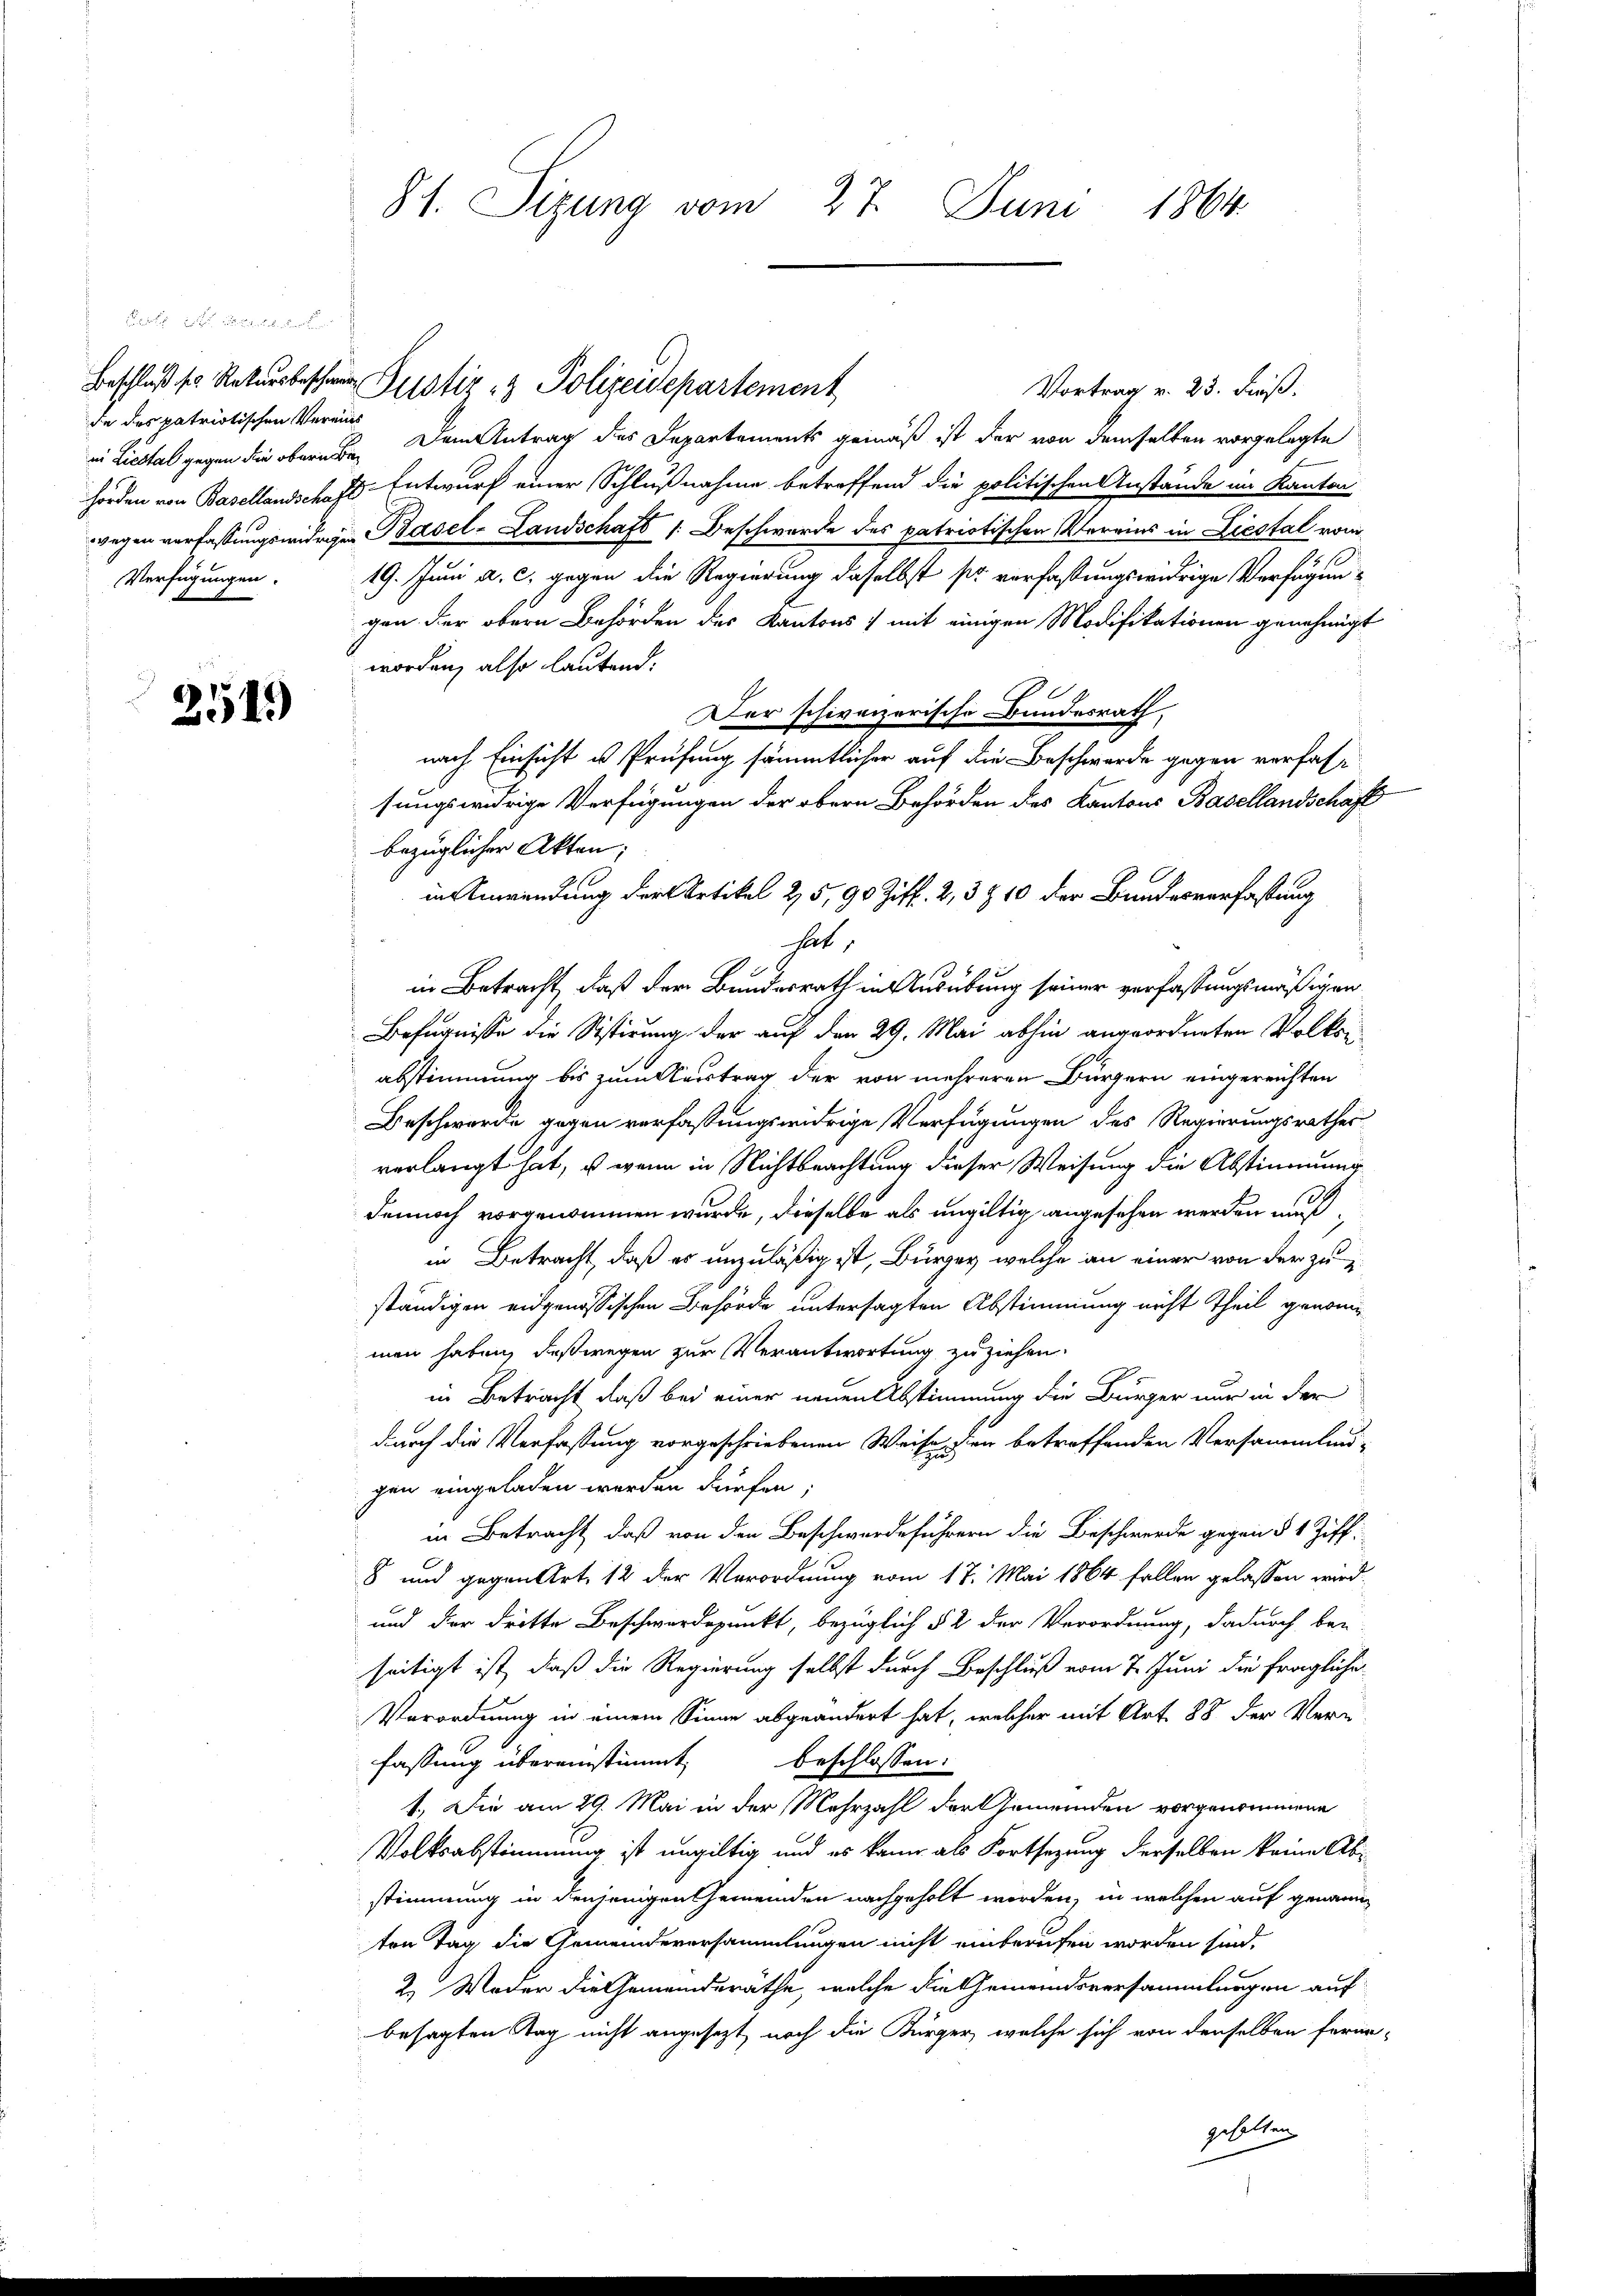
de des patriotischen Vereins
ei Liestal gegen die obern be
Verfügungen.

eich die

251)

Beschluß sr Rekursbesche Justiz & Polizeidepartement
Vortrag v. 23. Fuß.
Dem Antrag des Departements gemäß ist der von demselben vorgelegte
hörden von Basellandsch fl. Entwurf einer Schlußnahme betreffend die politischen Anstände im Kanton
wegen verfassungswidrigen Basel-Landschaft 1: Beschwerde des patriotischen Vereins in Liestal vom
19. Juni a. c. gegen die Regierung daselbst so verfaßungswidrige Verfügungen der obern Behörden des Kantons ) mit einigen Modifikationen genehmigt
worden, also lautend:
Der schweizerische Bundesrath.
nach Einsicht es Prüfung sämmtlicher auf die Beschwerde gegen verfassungswidrige Verfügungen der obern Behörden des Kantons Basellandschaft
bezüglicher Akten;
hat,
in Betracht, daß der Bundesrath in Ausübung seiner verfassungsmäßigen
Befugnisse die Sistirung der auf den 29. Mai abhin angeordneten Volkon
abstimmung bis zum Ausstrag der von mehreren Bürgern eingereichten
Beschwerde gegen verfassungswidrige Verfügungen des Regierungsrathes
verlangt hat, u wenn in Nichtbeachtung dieser Weisung die Abstimmung
dennoch vorgenommen wurde, dieselbe als ungültig angesehen werden mußin Betracht, daß es unzuläßig ist, Bürger, welche an einer von der zuständigen eidgenössischen Behörde untersagten Abstimmung nicht Theil genomimen haben, deßwegen zur Verantwortung zu ziehen.
in Betracht, daß bei einer neuen Abstimmung die Bürger nur in der
durch die Verfassung vorgeschriebenen Weise, dien betreffenden Versammlun-
gen eingeladen werden dürfen;
in Betracht, daß von den Beschwerdeführern die Beschwerde gegen § 1 Ziff.
8 und gegen Art. 12 der Verordnung vom 17. Mai 1864 fallen gelassen wird.
und der dritte Beschwerdepunkt, bezüglich § 2 der Verordnung, dadurch bei
seitigt ist, daß die Regierung selbst durch Beschluß vom 7. Juni die fragliche
Verordnung in einem Sinne abgeändert hat, welcher mit Art. 88 der Verfassung übereinstimmt, beschlossen:
1.) Die am 29. Mai in der Mehrzahl der Gemeinden vorgenommene
Volksabstimmung ist ungültig und es kann als Fortsezung derselben keine Abstimmung in denjenigen Gemeinden nachgeholt worden, in welchen auf genann
ten Tag die Gemeindeversammlungen nicht einberufen worden sind.
2. Weder die Gemeinderäthe, welche die Gemeindsversammlungen auf
besagten Tag nicht angesezt noch die Bürger, welche sich von denselben ferne-
gehalten

81. Sizung vom 27. Juni 1864.

in Anwendung der Artikel 25, 96 Ziff. 2, 3 § 10 der Bundesverfassung